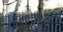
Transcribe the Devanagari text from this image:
सदरलिखाण